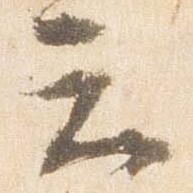
云